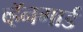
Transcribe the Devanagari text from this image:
व्हॅनगार्ड